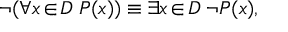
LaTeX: \neg ( \forall x \! \in \! D \; P ( x ) ) \equiv \exists x \! \in \! D \; \neg P ( x ) ,